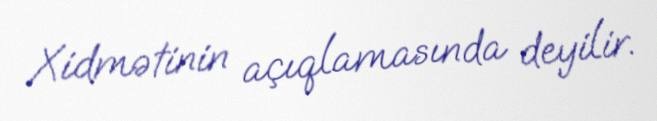
Xidmətinin açıqlamasında deyilir.